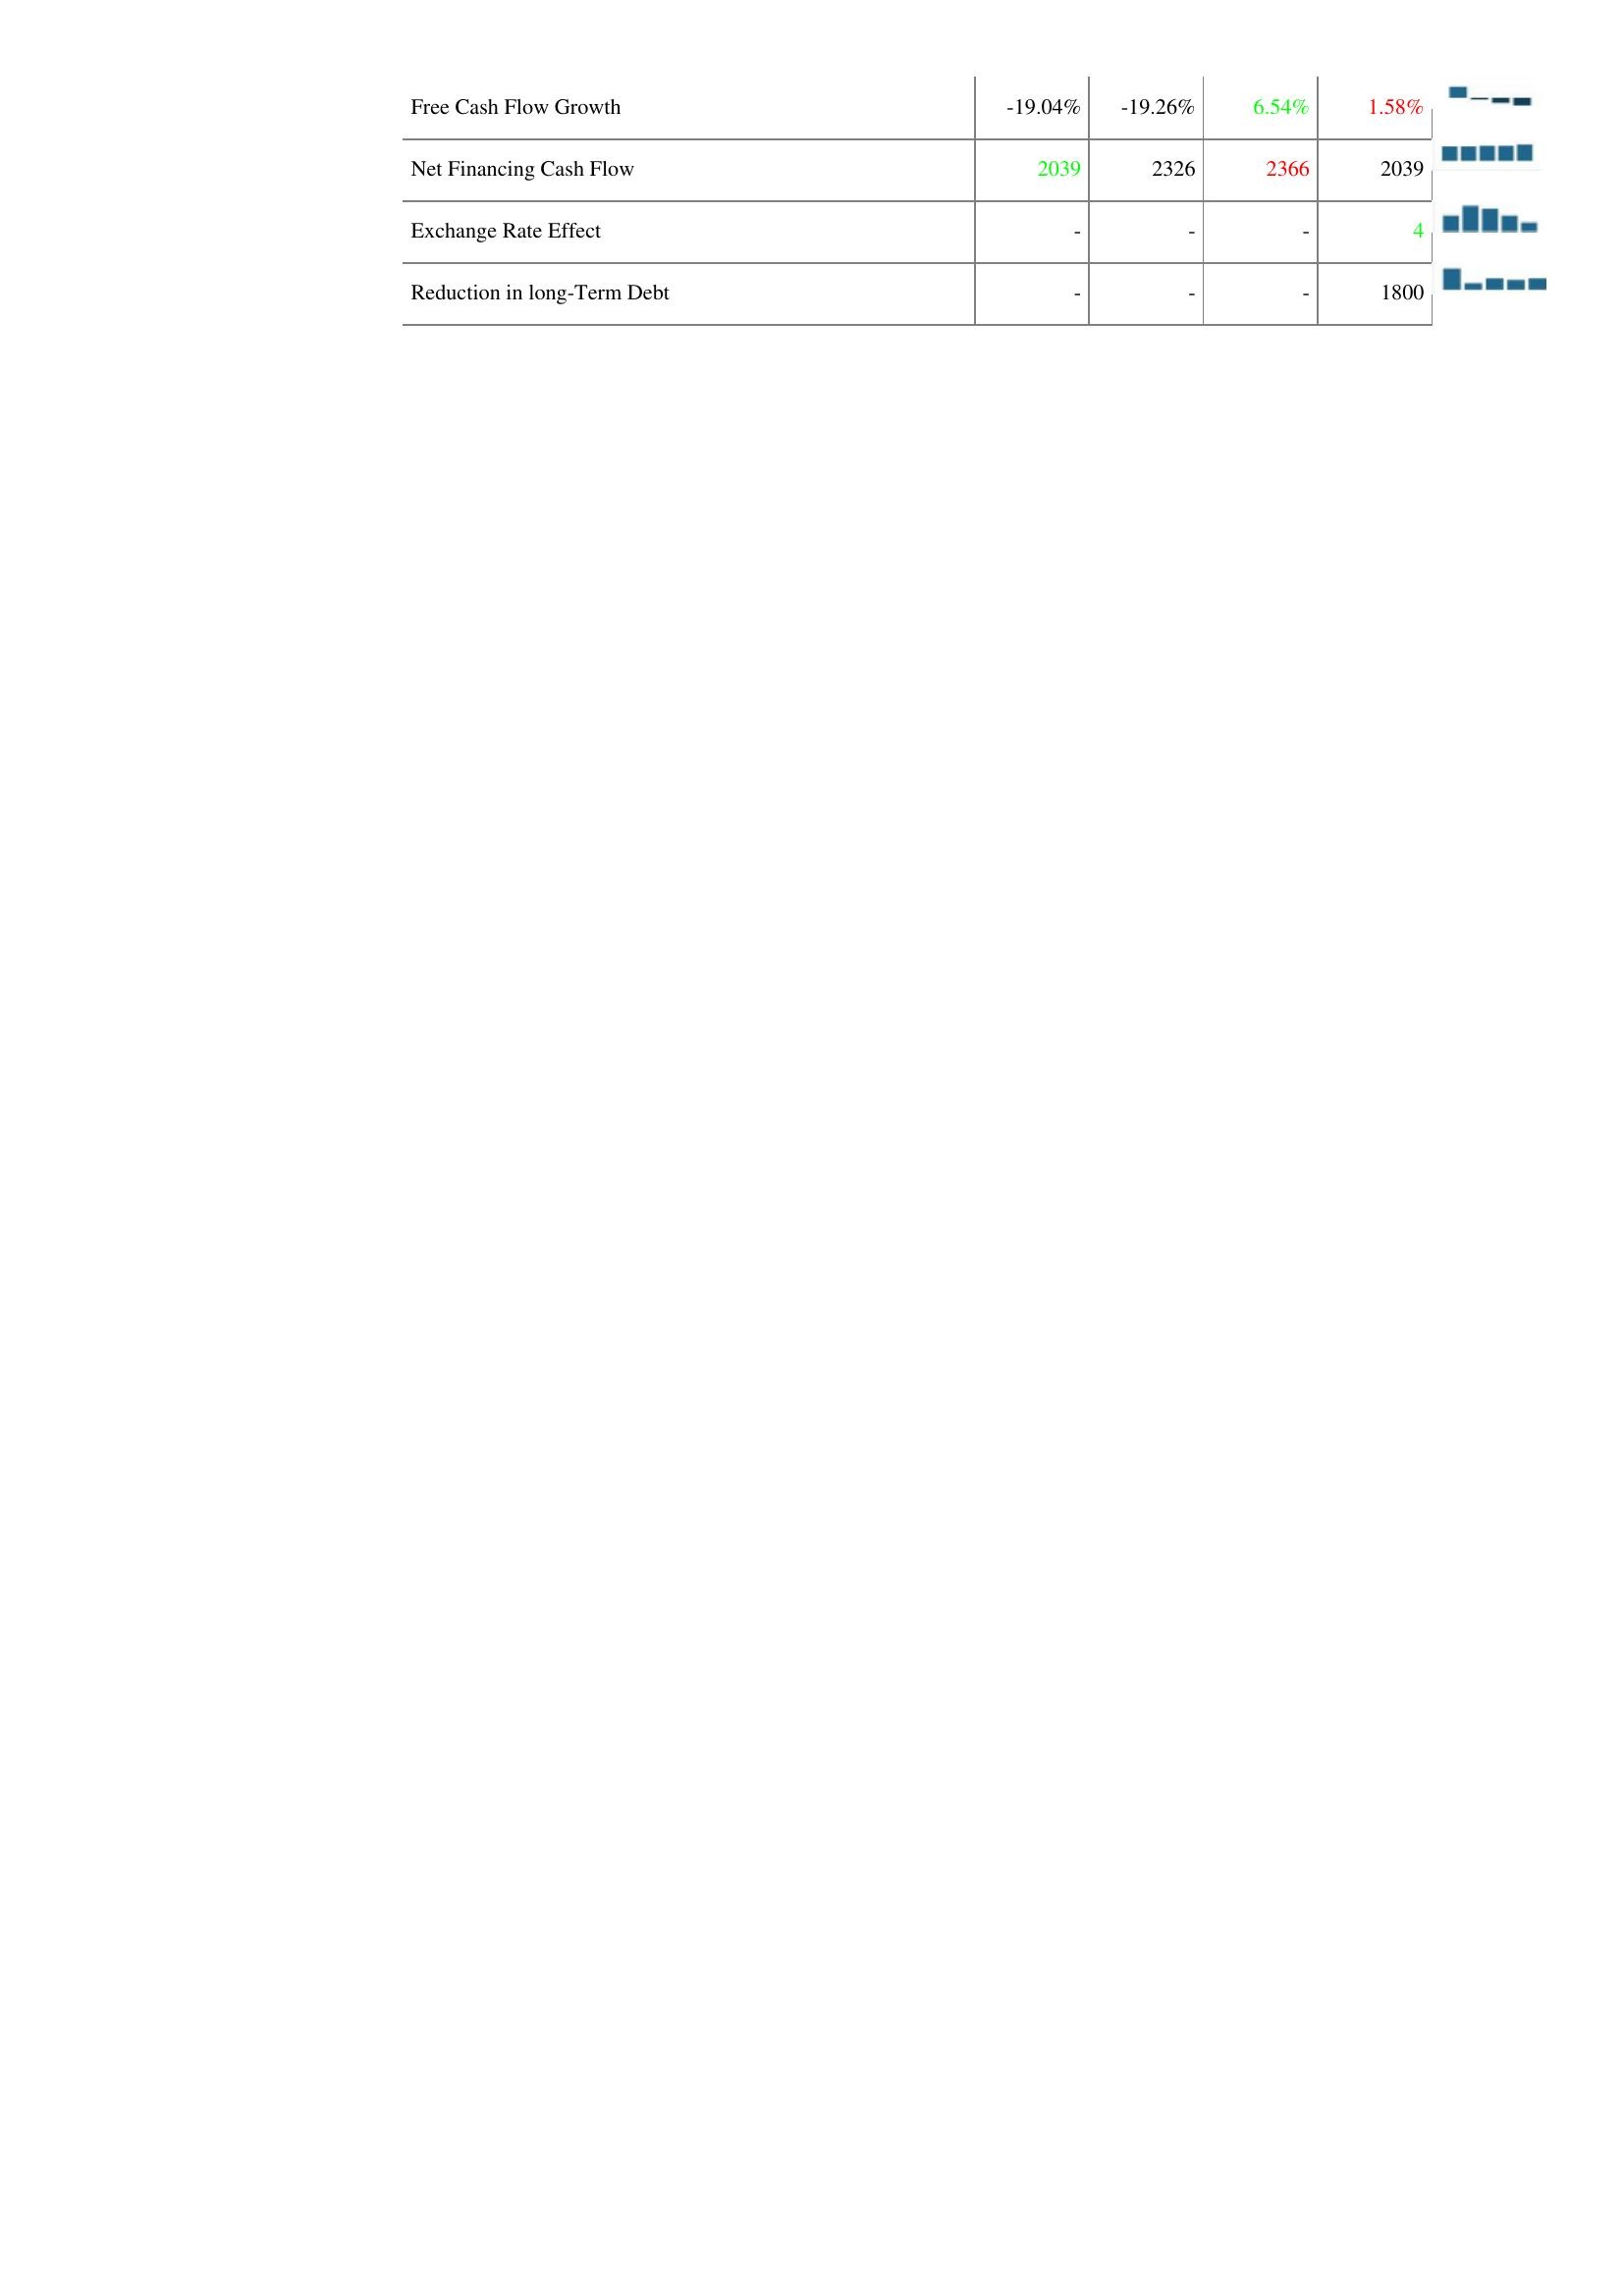
2009: Financing Activities: Free Cash Flow Growth: -19.04%
Net Financing Cash Flow: 2039
Exchange Rate Effect: -
Reduction in long-Term Debt: -
2010: Financing Activities: Free Cash Flow Growth: -19.26%
Net Financing Cash Flow: 2326
Exchange Rate Effect: -
Reduction in long-Term Debt: -
2011: Financing Activities: Free Cash Flow Growth: 6.54%
Net Financing Cash Flow: 2366
Exchange Rate Effect: -
Reduction in long-Term Debt: -
2012: Financing Activities: Free Cash Flow Growth: 1.58%
Net Financing Cash Flow: 2039
Exchange Rate Effect: 4
Reduction in long-Term Debt: 1800